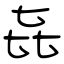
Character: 㐂